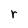
Character: r